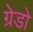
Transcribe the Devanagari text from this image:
ग्रेडो